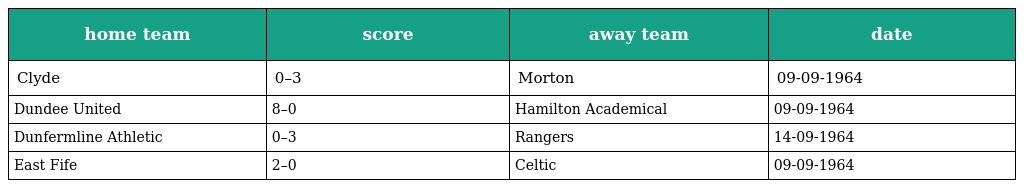
| home team | score | away team | date |
 | --- | --- | --- | --- |
 | Clyde | 0–3 | Morton | 09-09-1964 |
 | Dundee United | 8–0 | Hamilton Academical | 09-09-1964 |
 | Dunfermline Athletic | 0–3 | Rangers | 14-09-1964 |
 | East Fife | 2–0 | Celtic | 09-09-1964 |